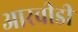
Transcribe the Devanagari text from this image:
आरवीडी